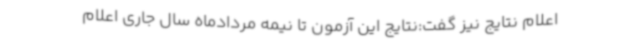
اعلام نتایج نیز گفت:نتایج این آزمون تا نیمه مردادماه سال جاری اعلام